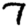
Digit: 7